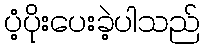
ပံ့ပိုးပေးခဲ့ပါသည်